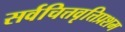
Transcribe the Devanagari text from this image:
सर्वचित्तवृत्तिप्रशम